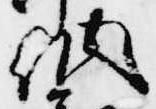
納